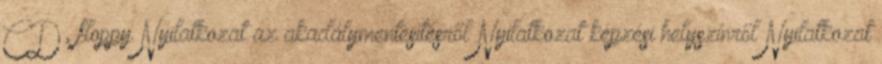
CD, floppy Nyilatkozat az akadálymentesítésről Nyilatkozat képzési helyszínről Nyilatkozat